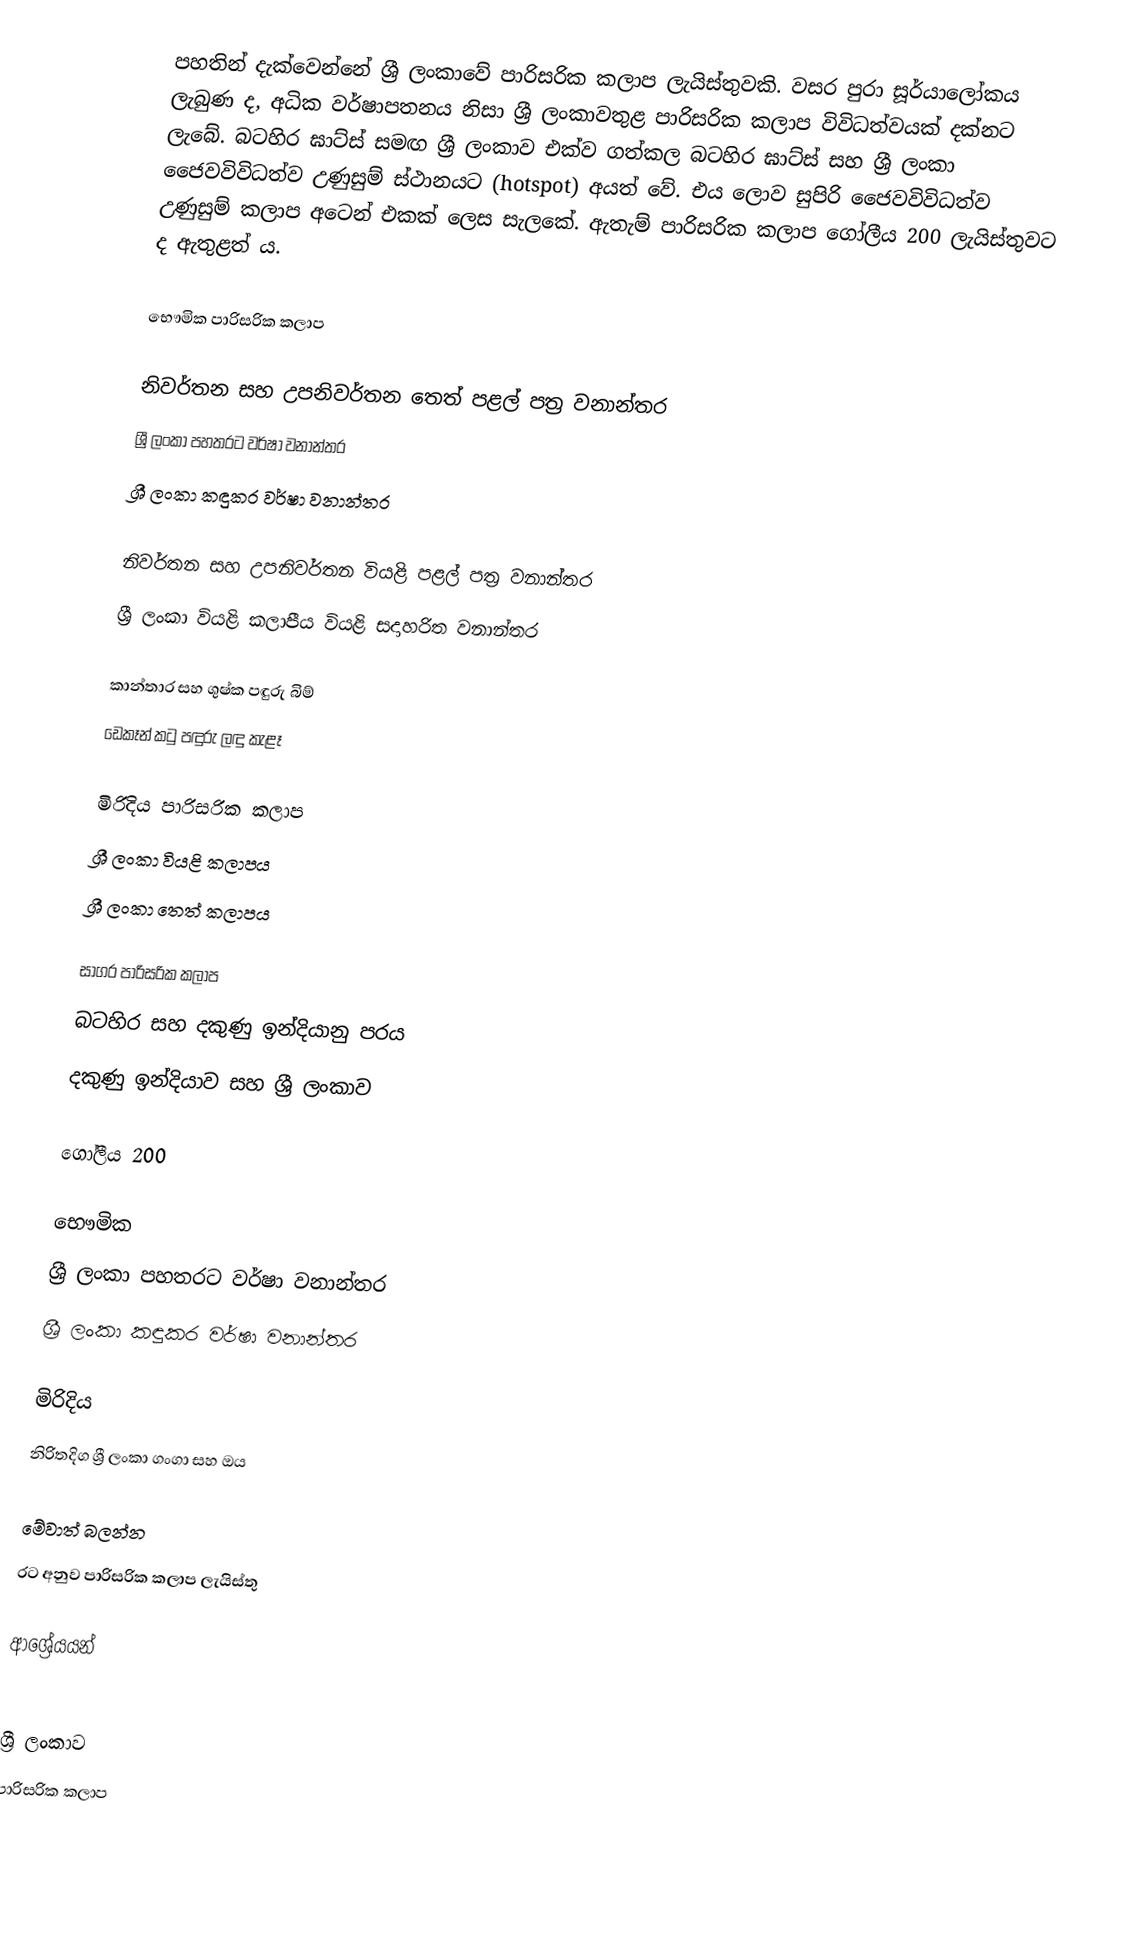
පහතින් දැක්වෙන්නේ ශ්‍රී ලංකාවේ පාරිසරික කලාප ලැයිස්තුවකි. වසර පුරා සූර්යාලෝකය ලැබුණ ද, අධික වර්ෂාපතනය නිසා ශ්‍රී ලංකාවතුළ පාරිසරික කලාප විවිධත්වයක් දක්නට ලැබේ. බටහිර ඝාට්ස් සමඟ ශ්‍රී ලංකාව එක්ව ගත්කල බටහිර ඝාට්ස් සහ ශ්‍රී ලංකා ජෛවවිවිධත්ව උණුසුම් ස්ථානයට (hotspot) අයත් වේ. එය ලොව සුපිරි ජෛවවිවිධත්ව උණුසුම් කලාප අටෙන් එකක් ලෙස සැලකේ. ඇතැම් පාරිසරික කලාප ගෝලීය 200 ලැයිස්තුවට ද ඇතුළත් ය.

භෞමික පාරිසරික කලාප

නිවර්තන සහ උපනිවර්තන තෙත් පළල් පත්‍ර වනාන්තර
ශ්‍රී ලංකා පහතරට වර්ෂා වනාන්තර
ශ්‍රී ලංකා කඳුකර වර්ෂා වනාන්තර

නිවර්තන සහ උපනිවර්තන වියළි පළල් පත්‍ර වනාන්තර
ශ්‍රී ලංකා වියළි කලාපීය වියළි සදාහරිත වනාන්තර

කාන්තාර සහ ශුෂ්ක පඳුරු බිම්
ඩෙකෑන් කටු පඳුරු ලඳු කැළෑ

මිරිදිය පාරිසරික කලාප
ශ්‍රී ලංකා වියළි කලාපය
ශ්‍රී ලංකා තෙත් කලාපය

සාගර පාරිසරික කලාප
බටහිර සහ දකුණු ඉන්දියානු පරය
 දකුණු ඉන්දියාව සහ ශ්‍රී ලංකාව

ගෝලීය 200

භෞමික
ශ්‍රී ලංකා පහතරට වර්ෂා වනාන්තර
ශ්‍රී ලංකා කඳුකර වර්ෂා වනාන්තර

මිරිදිය
නිරිතදිග ශ්‍රී ලංකා ගංගා සහ ඔය

මේවාත් බලන්න
රට අනුව පාරිසරික කලාප ලැයිස්තු

ආශ්‍රේයයන්

ශ්‍රී ලංකාව
පාරිසරික කලාප